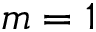
m = 1